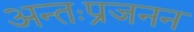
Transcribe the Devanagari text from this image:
अन्तःप्रजनन